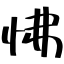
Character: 怫